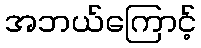
အဘယ်ကြောင့်